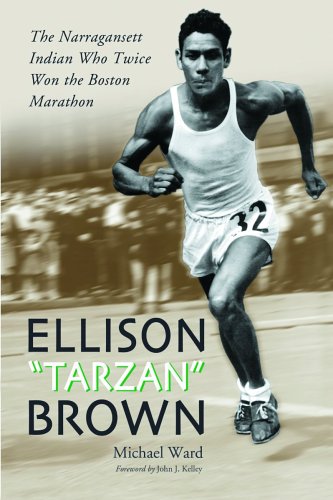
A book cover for Ellison "Tarzan" Brown: The Narragansett Indian Who Twice Won the Boston Marathon; Michael Ward; Sports & Outdoors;